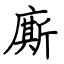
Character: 廝